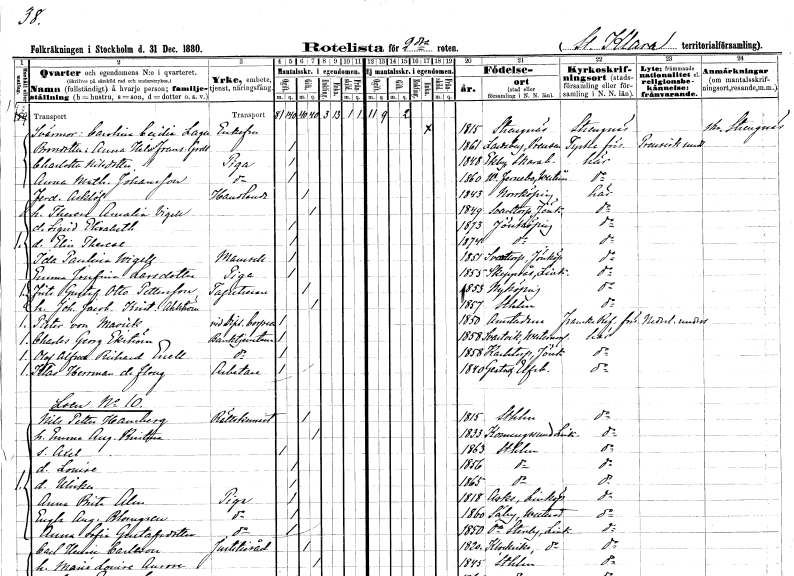
gt_parse: households: individuals: FN: Carolina Cecilia
EN: Lager
KON: K
CIV: E
FODAR: 1815
FODFORS: Strängnäs Södermanlands län
FN: Anna Helena Fransiska
EN: Grell
KON: K
CIV: O
FODAR: 1861
FN: Charlotte
EN: Nilsdotter
YRKE: Piga
KON: K
CIV: O
FODAR: 1848
FODFORS: Ekby Skaraborgs län
FN: Anna Mathilda
EN: Johansson
YRKE: Piga
KON: K
CIV: O
FODAR: 1860
FODFORS: Västerfärnebo Västmanlands län
FN: Ferdinand
EN: Asklöf
YRKE: Handlande
KON: M
CIV: G
FODAR: 1843
FODFORS: Norrköping Östergötlands län
FN: Therese Amalia
EN: Vigell
KON: K
CIV: G
FODAR: 1849
FODFORS: Svarttorp Jönköpings län
FN: Sigrid Elisabeth
KON: K
CIV: O
FODAR: 1873
FODFORS: Jönköping Jönköpings län
FN: Elin Therese
KON: K
CIV: O
FODAR: 1874
FODFORS: Jönköping Jönköpings län
FN: Ida Paulina
EN: Wigell
KON: K
CIV: O
FODAR: 1851
FODFORS: Svarttorp Jönköpings län
FN: Emma Josefina
EN: Larsdotter
YRKE: Piga
KON: K
CIV: O
FODAR: 1855
FODFORS: Skeppsås Östergötlands län
FN: Frits Gustaf Otto
EN: Pettersson
YRKE: Tapetserare
KON: M
CIV: G
FODAR: 1853
FODFORS: Nyköping Södermanlands län
FN: Johanna Jacobina Kristina
EN: Ahlström
KON: K
CIV: G
FODAR: 1857
FODFORS: Stockholm
FN: Pieter
EN: van Mavick
YRKE: Diplomat
KON: M
CIV: O
FODAR: 1850
FN: Charles Georg
EN: Ekström
YRKE: Banktjänsteman
KON: M
CIV: O
FODAR: 1858
FODFORS: Svartvik Västernorrlands län
FN: Olof Alfred Richard
EN: Enell
YRKE: Banktjänsteman
KON: M
CIV: O
FODAR: 1858
FODFORS: Karlstorp Jönköpings län
FN: Klas Herrman
EN: de Floug
YRKE: Arbetare
KON: M
CIV: O
FODAR: 1840
FODFORS: Gestad Älvsborgs län
FN: Nils Petter
EN: Hamberg
YRKE: Rättskemist
KON: M
CIV: G
FODAR: 1815
FODFORS: Stockholm
FN: Emma Augusta Kristina
KON: K
CIV: G
FODAR: 1833
FODFORS: Konungsund Östergötlands län
FN: Axel
KON: M
CIV: O
FODAR: 1863
FODFORS: Stockholm
FN: Louise
KON: K
CIV: O
FODAR: 1856
FODFORS: Stockholm
FN: Ulrika
KON: K
CIV: O
FODAR: 1865
FODFORS: Stockholm
FN: Anna Brita
EN: Alm
YRKE: Piga
KON: K
CIV: O
FODAR: 1818
FODFORS: Ask Östergötlands län
FN: Engla Augusta
EN: Blomgren
YRKE: Piga
KON: K
CIV: O
FODAR: 1860
FODFORS: Säby Västmanlands län
FN: Anna Sofia
EN: Gustafsdotter
YRKE: Piga
KON: K
CIV: O
FODAR: 1850
FODFORS: Östra Stenby Östergötlands län